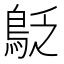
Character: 𪀐